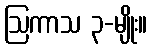
ဩကာသ ၃-မျိုး။